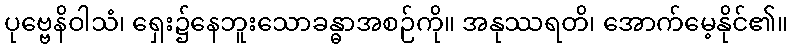
ပုဗ္ဗေနိဝါသံ၊ ရှေး၌နေဘူးသောခန္ဓာအစဉ်ကို။ အနုဿရတိ၊ အောက်မေ့နိုင်၏။